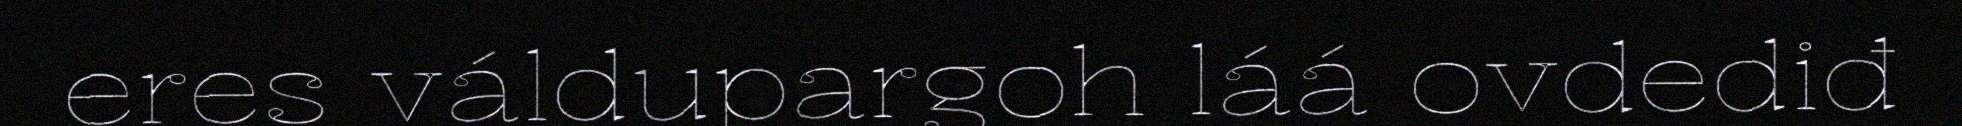
eres váldupargoh láá ovdediđ